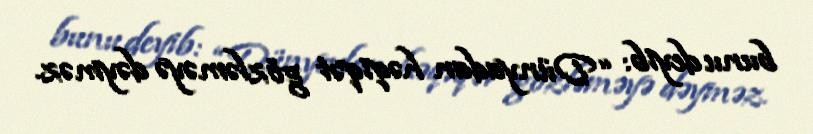
bunu deyib: “Dünyadan həqiqət gözləməyə dəyməz.